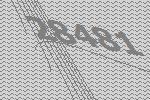
28481